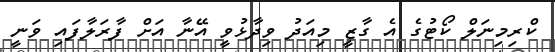
ކްރިމިނަލް ކޯޓުގެ އެ ގާޒީ މިއަދު ވިދާޅުވީ އޭނާ އަށް ފާރަލާފައި ވަނީ